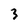
Character: 3